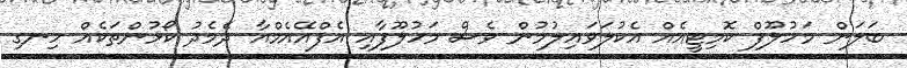
ބަލަން މަހުލޫފް ކޮމިޓީއެއް އެކުލަވައިލުމުން ވެސް މަހުލޫފާއި އެފްއޭއެމްއާ ދެމެދު ކޯޅުންތަކެއް ހިނގި